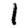
Digit: 1